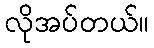
လိုအပ်တယ်။